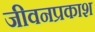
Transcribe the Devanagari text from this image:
जीवनप्रकाश